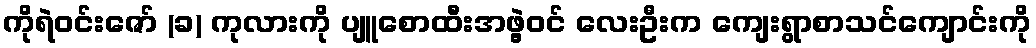
ကိုရဲဝင်းဇော် (ခ) ကုလားကို ပျူစောထီးအဖွဲ့ဝင် လေးဦးက ကျေးရွာစာသင်ကျောင်းကို